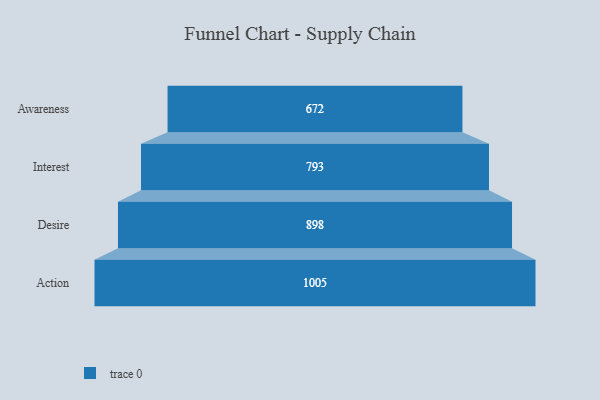
{"axis": {"x": "Stage", "y": "Value"}, "legend": [""], "data": [{"x": "Awareness", "y": 672.0, "type": ""}, {"x": "Interest", "y": 793.0, "type": ""}, {"x": "Desire", "y": 898.0, "type": ""}, {"x": "Action", "y": 1005.0, "type": ""}]}